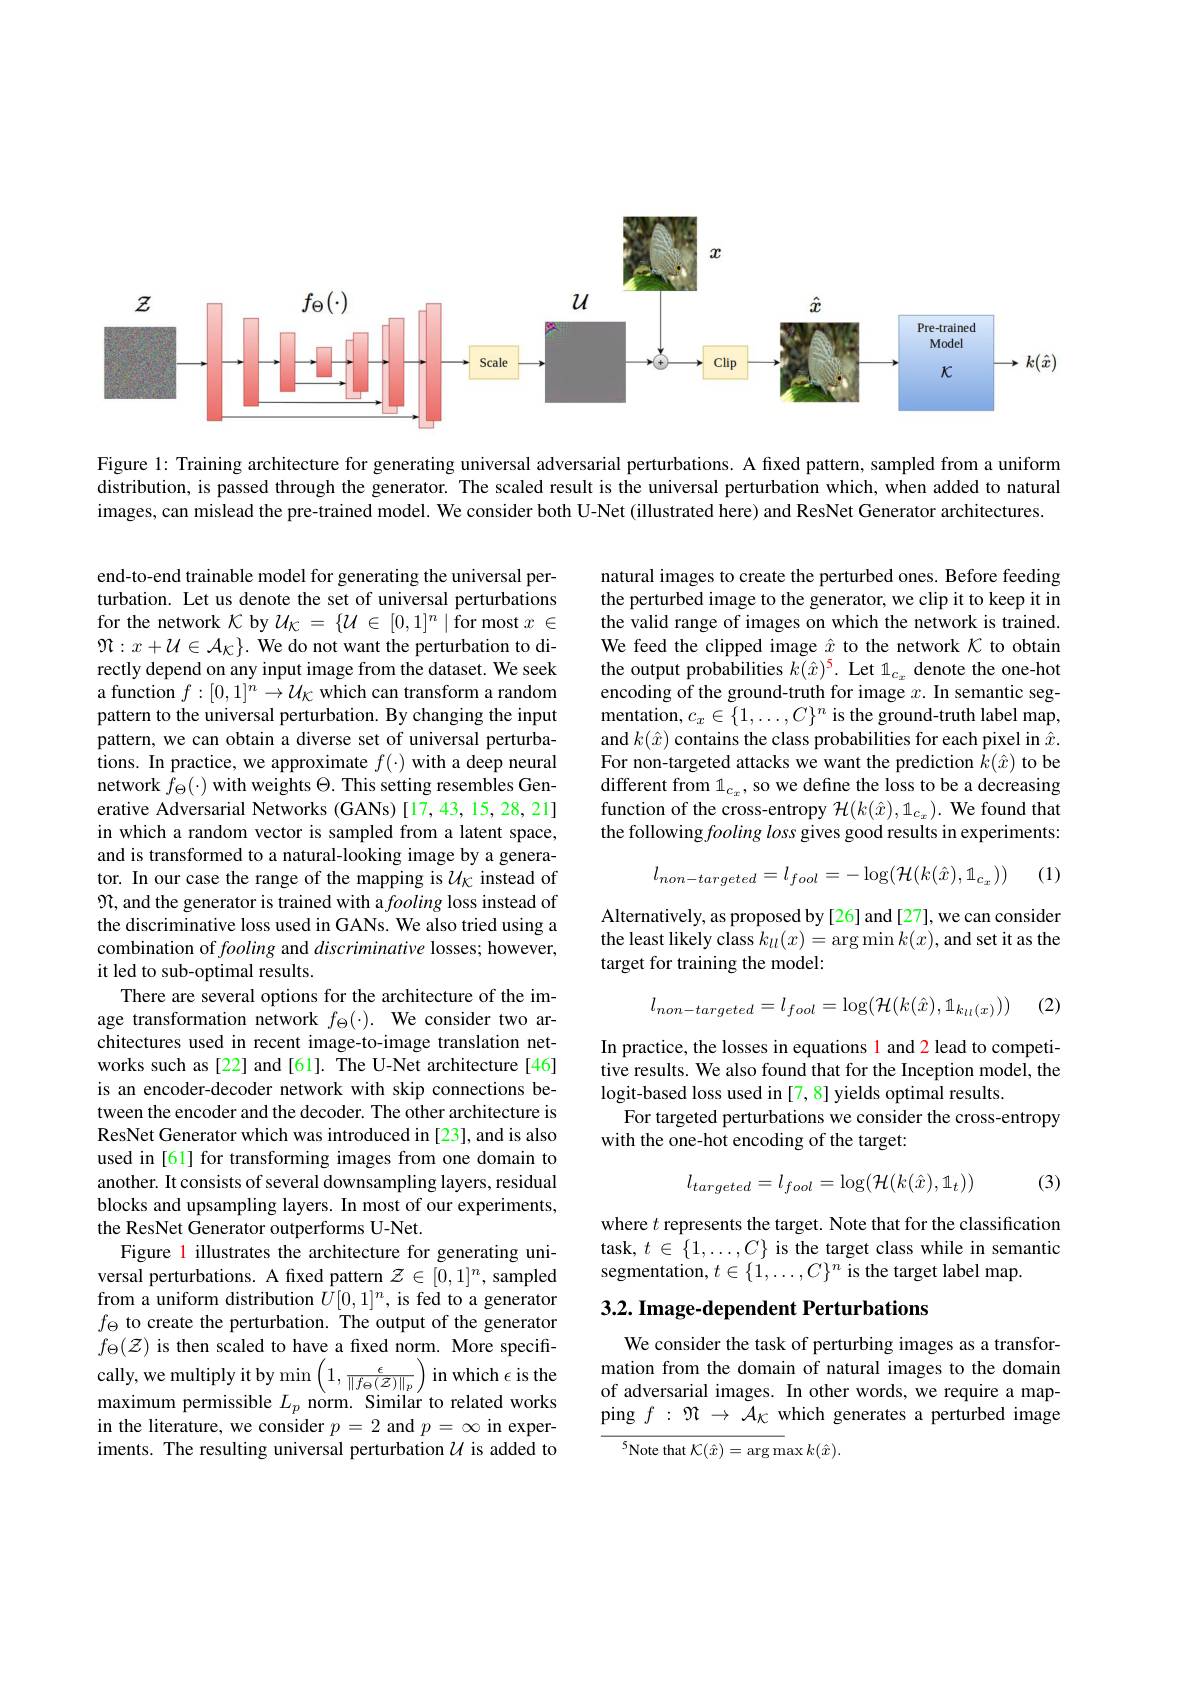
<FigureHere>

Figure 1: Training architecture for generating universal adversarial perturbations. A fixed pattern, sampled from a uniform distribution, is passed through the generator. The scaled result is the universal perturbation which, when added to natural images, can mislead the pre-trained model. We consider both U-Net (illustrated here) and ResNet Generator architectures.

natural images to create the perturbed ones. Before feeding the perturbed image to the generator, we clip it to keep it in the valid range of images on which the network is trained. We feed the clipped image $\hat{x}$ to the network $\mathcal{K}$ to obtain the output probabilities $k(\hat{x})^5.$ Let $1_c_x$ denote the one-hot encoding of the ground-truth for image $x.$ In semantic seg- ${\mathrm{mentation,~}c_{x}\in\{1,\ldots,C\}^{n}}$ is the ground-truth label map, and $k(\hat{x})$ contains the class probabilities for each pixel in $\hat{x}.$ For non-targeted attacks we want the prediction $k(\hat{x})$ to be different from $1_{c_x}$, so we define the loss to be a decreasing function of the cross-entropy $\mathcal{H}(k(\hat{x}),1_{c_x}).$ We found that the following fooling loss gives good results in experiments:

(1)
$$l_{non-targeted}=l_{fool}=-\log(\mathcal{H}(k(\hat{x}),1_{c_{x}}))$$
Alternatively, as proposed by[26] and [27], we can consider the least likely class $k_{ll}(x)=\arg\min k(x)$, and set it as the target for training the model:

(2)
$$l_{non-targeted}=l_{fool}=\log(\mathcal{H}(k(\hat{x}),\mathbb{1}_{k_{ll}(x)}))$$
end-to-end trainable model for generating the universal perturbation. Let us denote the set of universal perturbations for the network $\mathcal{K}$ by $\mathcal{U}_{\mathcal{K}}=\{\mathcal{U}\in[0,1]^n\mid$for most $x\in$ $\Re:x+\mathcal{U}\in\mathcal{A}_{\mathcal{K}}\}.$ We do not want the perturbation to directly depend on any input image from the dataset. We seek a function $f:[0,1]^n\to\mathcal{U}_{\mathcal K}$ which can transform a random pattern to the universal perturbation. By changing the input pattern, we can obtain a diverse set of universal perturbations. In practice, we approximate $f( \cdot )$ with a deep neural network $f_{\Theta }( \cdot )$ with weights $\Theta .$ This setting resembles Generative Adversarial Networks (GANs) [17,43,15,28,21] in which a random vector is sampled from a latent space, and is transformed to a natural-looking image by a generator. In our case the range of the mapping is $\mathcal{U}_{\mathcal{K}}$ instead of $\mathfrak{N}$, and the generator is trained with a fooling loss instead of the discriminative loss used in GANs. We also tried using a combination of fooling and discriminative losses; however, it led to sub-optimal results.
There are several options for the architecture of the image transformation network $f_\Theta(\cdot).$ We consider two architectures used in recent image-to-image translation networks such as[22] and [61]. The U-Net architecture[46] is an encoder-decoder network with skip connections between the encoder and the decoder. The other architecture is ResNet Generator which was introduced in [23], and is also used in [61] for transforming images from one domain to another. It consists of several downsampling layers, residual blocks and upsampling layers. In most of our experiments, the ResNet Generator outperforms U-Net.
Figure 1 illustrates the architecture for generating universal perturbations. A fixed pattern $\mathcal{Z}\in[0,1]^n$, sampled from a uniform distribution $\tilde{U}[0,1]^n$, is fed to a generator $f_\Theta$ to create the perturbation. The output of the generator $f_\Theta(\mathcal{Z})$ is then scaled to have a fixed norm. More specifically, we multiply it by $\min\left(1,\frac\epsilon{\|f_\Theta(\mathcal{Z})\|_p}\right)$in which $\epsilon$ is the maximum permissible $L_p$ norm. Similar to related works in the literature, we consider $p=2$ and $p=\infty$ in experiments. The resulting universal perturbation $\mathcal{U}$ is added to

In practice, the losses in equations l and 2 lead to competitive results. We also found that for the Inception model, the logit-based loss used in [7,8] yields optimal results.
For targeted perturbations we consider the cross-entropy
with the one-hot encoding of the target:
$$l_{targeted}=l_{fool}=\log(\mathcal{H}(k(\hat{x}),1_{t}))$$
(3)

where $t$ represents the target. Note that for the classification task, $t\in\{1,\ldots,C\}$ is the target class while in semantic segmentation, $t\in\{1,\ldots,C\}^n$ is the target label map.

# 3.2. Image- dependent Perturbations

We consider the task of perturbing images as a transformation from the domain of natural images to the domain of adversarial images. In other words, we require a mapping $f:\Re\to\mathcal{A}_{\mathcal{K}}$ which generates a perturbed image

$^{5}$Note that $\mathcal{K}(\hat{x})=\arg\max k(\hat{x}).$